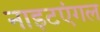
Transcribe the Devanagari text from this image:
नाइटएंगल